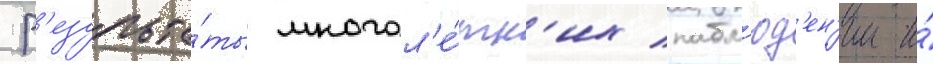
Р'езульта́ты многол'е́тн'их набл'юд'ен'ии и́